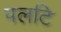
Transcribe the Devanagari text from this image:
पलटि